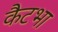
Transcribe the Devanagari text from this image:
कैटभा